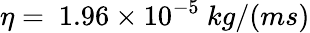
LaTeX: \eta=\ 1.96\times 10^{-5}\ kg/(ms)